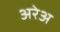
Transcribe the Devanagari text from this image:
अरेअ